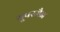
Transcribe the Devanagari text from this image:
सूपरमैन